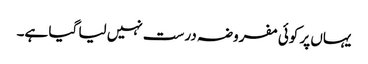
یہاں پر کوئی مفروضہ درست نہیں لیا گیا ہے۔